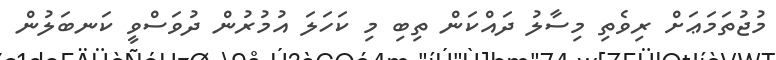
މުޖުތަމަޢަށް ރިވެތި މިސާލު ދައްކަން ތިބި މި ކަހަލަ އުމުރުން ދުވަސްވީ ކަނބަލުން